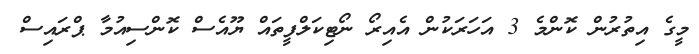
މީގެ އިތުރުން ކޮންމެ 3 އަހަރަކުން އެއިރޯ ނޯޓިކަލްފީތައް ޔޫއެސް ކޮންސިއުމާ ޕްރައިސް